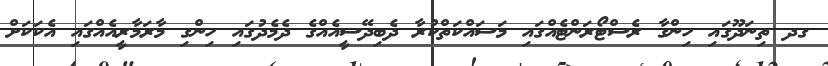
ގދ ތިނަދޫގައި ހިންގާ ރެސްޓޯރަންޓެއްގައި މަސައްކަތްކުރާ ދެބިދޭސީއެއްގެ ދެމެދުގައި ހިންގި މާރަމާރީއެއްގައި އެކަކަށް